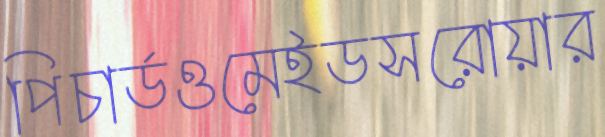
পিচার্ডওমেইডসরোয়ার